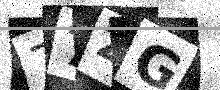
Text: 77ZG